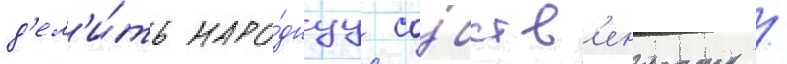
д'ел'и́ть наро́днуу со́бств'енность /